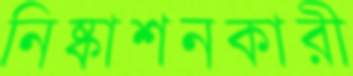
নিষ্কাশনকারী